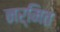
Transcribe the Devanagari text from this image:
नर्मित